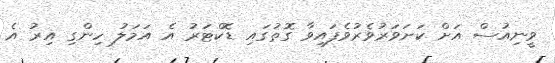
ވީނިއުސް އަށް ކަށަވަރުވެރުވެފައިވާ ގޮތުގައި ޑޮކްޓަރު އެ އަމަލު ހިންގި އިރު އެ